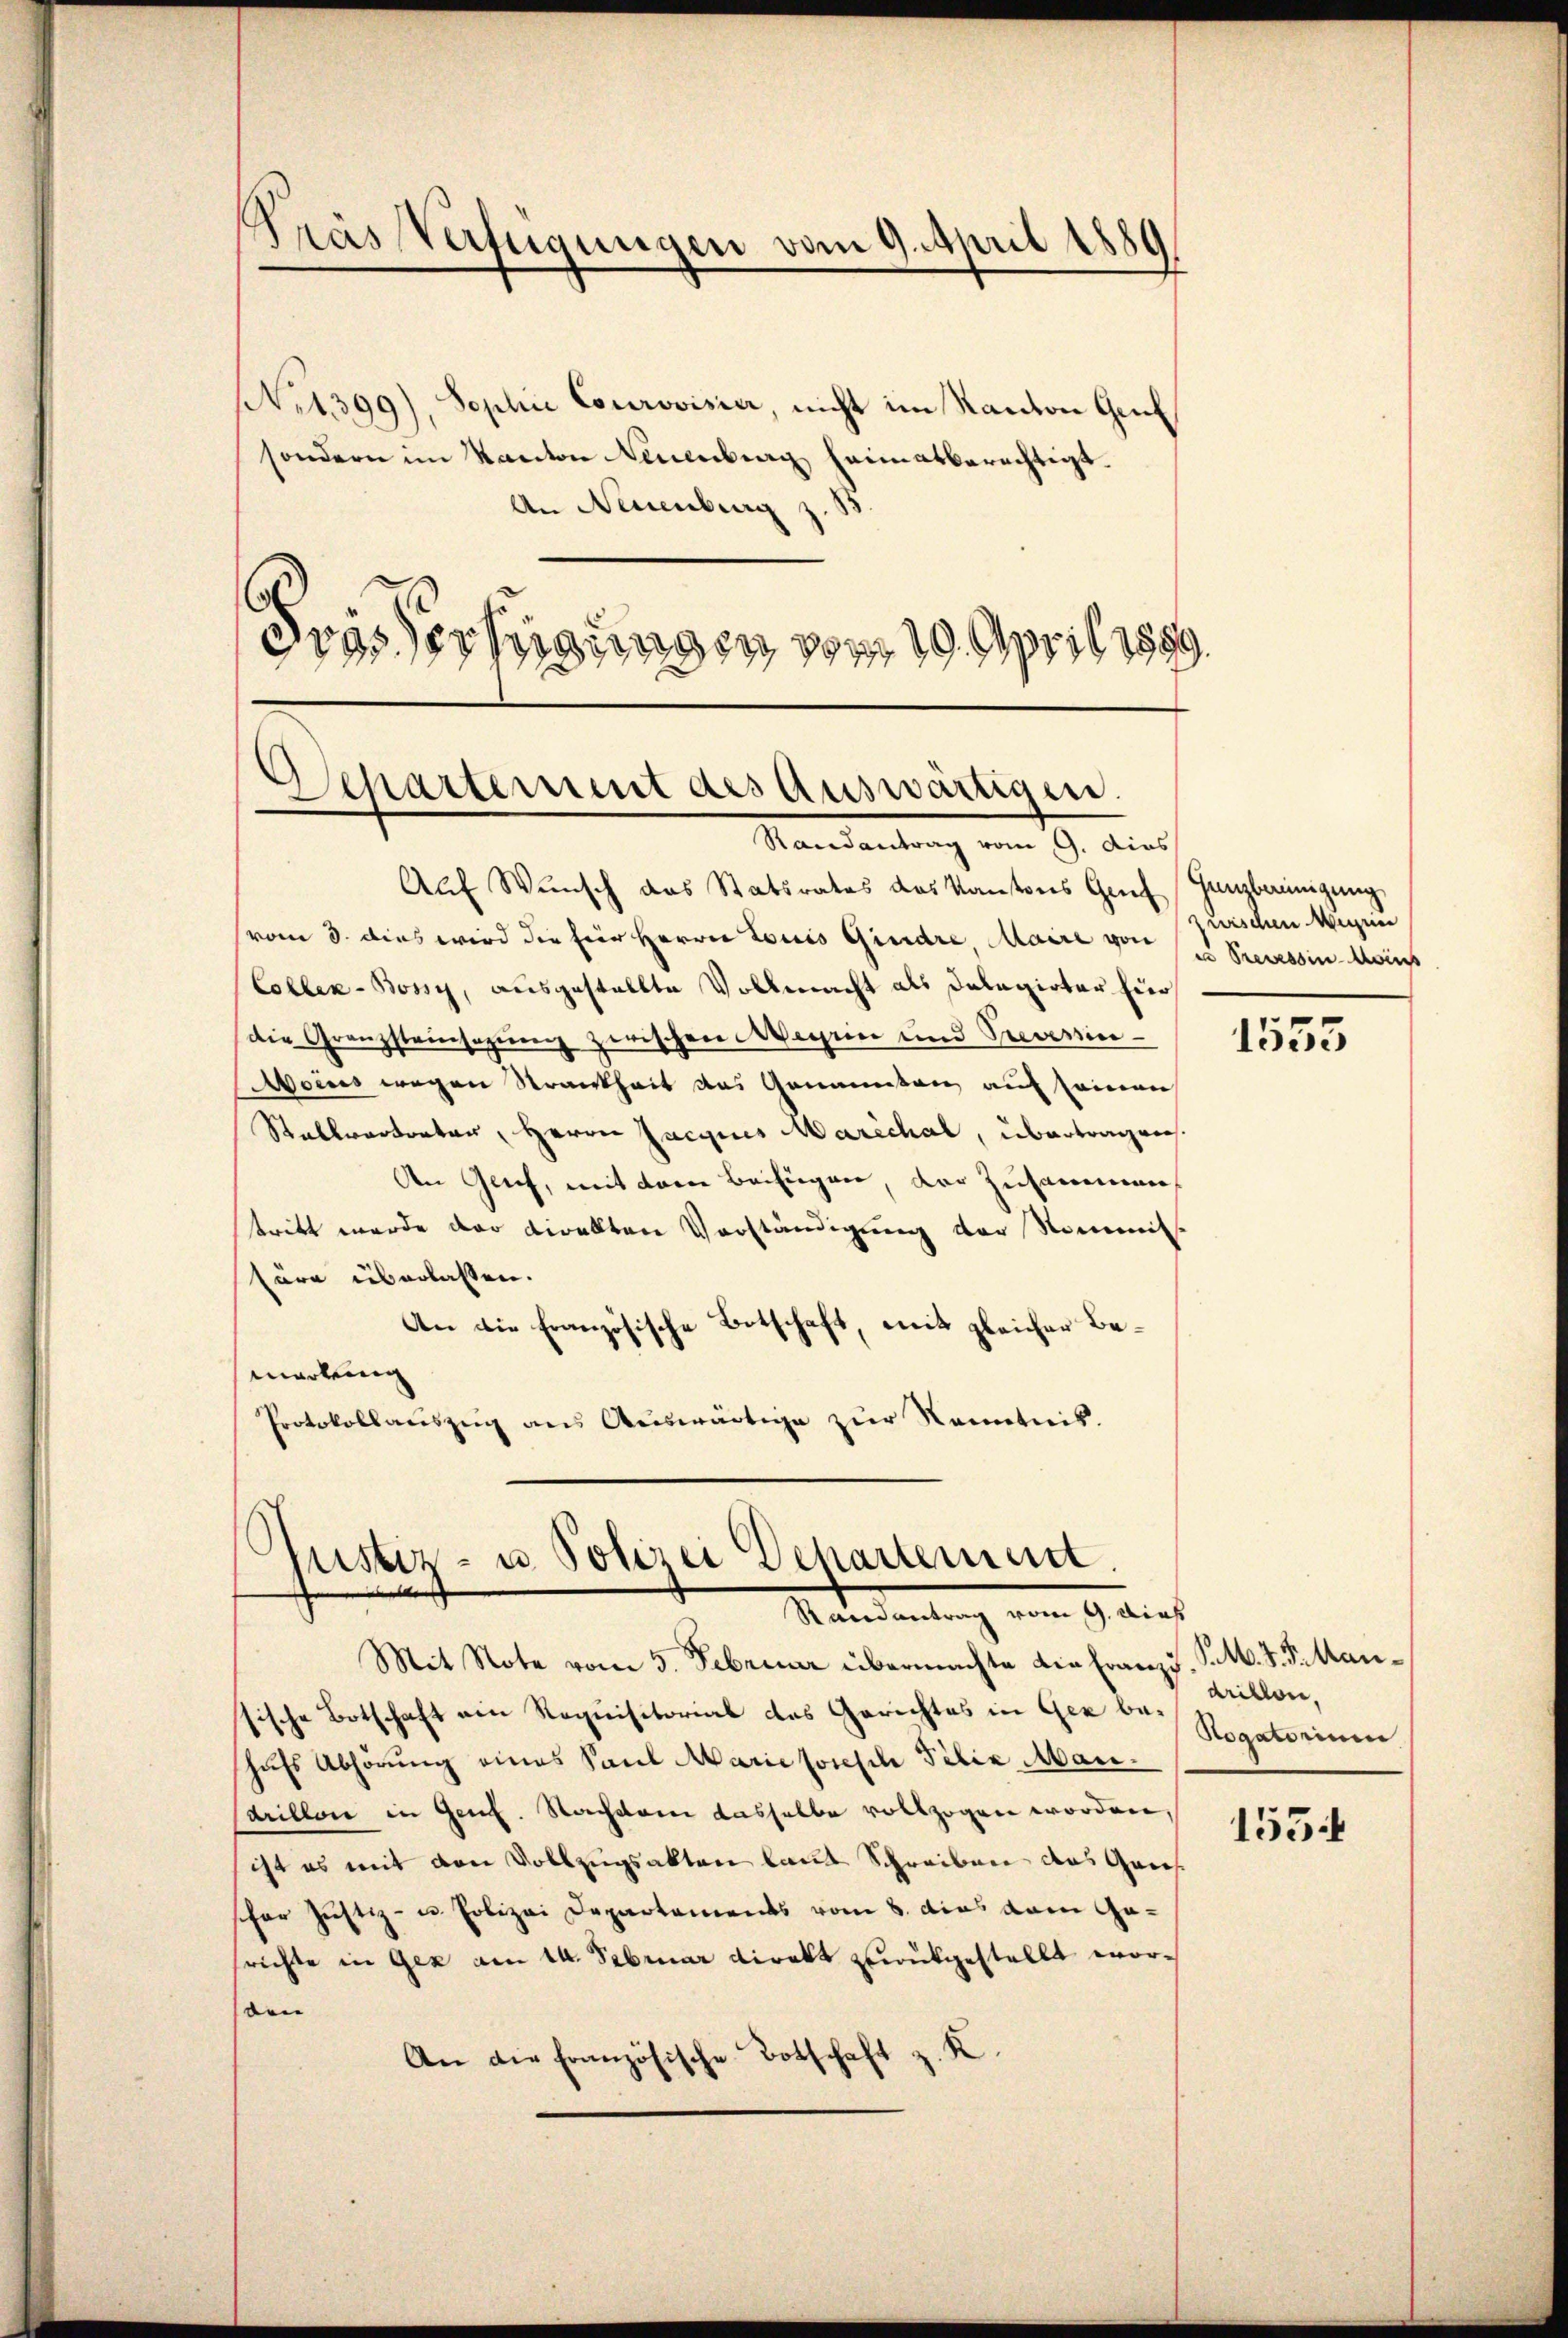
Nit. 399), Soplin Courovisier, nicht im Kanton Gruf
sondern im Kanton Neuenburg heimatberechtigt.
An Neuenburg
Grassertigungen vom 19. April 1889.

Pras Verfügungen vom 9. April 1889

Departement des Auswärtigen.
Randantrag vom 9. dies

Auf Wunsch das Statsrates des Kantons Genf, Ganzbereinigung
vom 3. dies wird die Eier Herrn Louis Gindre Maire von Precessin Moins
Collek-Bossy, ausgestellte Vollmacht als Delegirter für
die Granzsteinsazung zwischen Wegen und Severinoins wegen Strankheit das Genannten auf seinen
Stallvertreter, Herrn Jacques Marechal, übertragen
den Geich, mit dem Beifügen, der Zusammen
tritt werde der Direkten Vorständigung der Nommit
türe überlassen.
An die Französische Botschaft, mit gleicher Bemarkung
Protokollauszug aus Auswärtige zur Kenntnis.

Justiz- u. Polizei Departement.
Randantrag vom 9. Dies

zwischen Wegen

Mit Note vom 5. Februar übermachte die Franzs. P. F. P. Mansische Botschaft ein Requisitorial des Gerichtes in Gerbe-Willen,
hufs Abhörung eines Paul Marie forsch Felix Maudrillon in Genf. Nachdem dasselbe vollzogen worden,
ist es mit den Vollzugsakten laut Schreiben des Gansfaer Justiz- u. Polizei Departements vom 8. dies dem Gesrichte in Gez am 14. Februar direkt zurükgestellt worden
An die Französische Botschaft z. K.

1553

Rogatorium

155